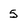
Character: 5